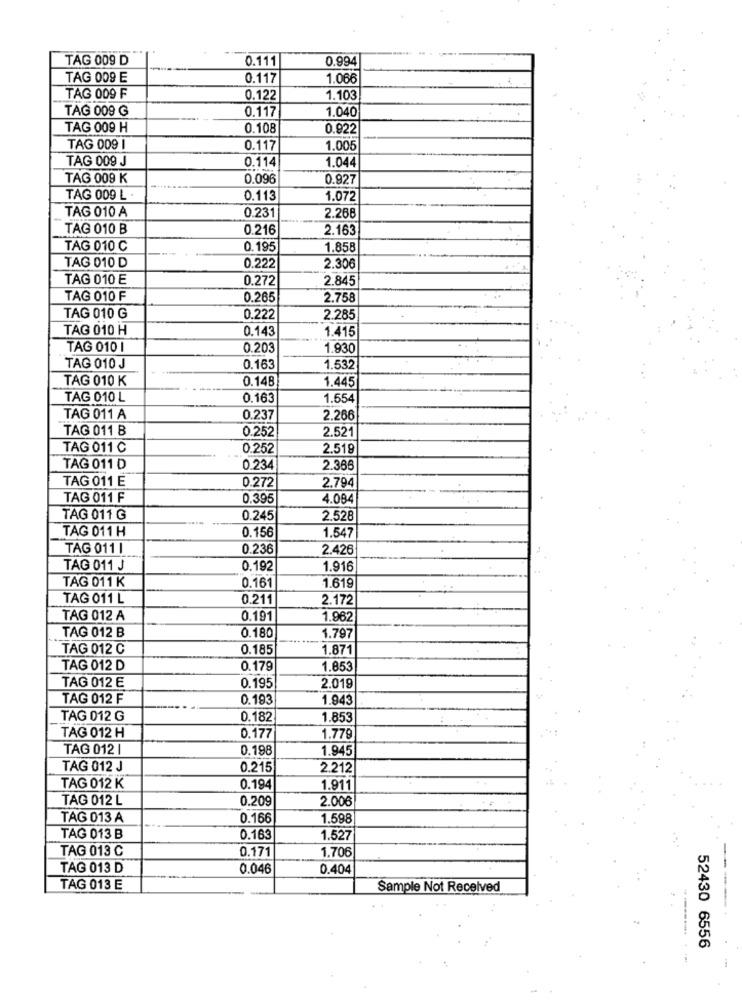
TAG 009 D
0.111
0.994
TAG 009 E
0.117
1.066
TAG 009 F
0.122
1.103
TAG 009 G
0.117
1.040
TAG 009 H
0.108
0.922
TAG 009 1
0.117
1.005
TAG 009 J
0.114
1.044
TAG 009 K
0.096
0.927
TAG 009 L .
0.113
1.072
TAG 010 A
0.231
2.268
TAG 010 B
0.216
2.163
TAG 010 C
0.195
1.858
TAG 010 D
0.222
2.306
TAG 010 E
0.272
2.845
TAG 010 F
0.265
2.758
TAG 010 G
0.222
2.285
TAG 010 H
0.143
1.415
TAG 010 1
0.203
1.930
TAG 010 J
0.163
1.532
TAG 010 K
0.148
1.445
TAG 010 L
0.163
1.554
TAG 011 A
0.237
2.266
TAG 011 B
0.252
2.521
TAG 011 C
0.252
2.519
TAG 011 D
0.234
2.366
TAG 011 E
0.272
2.794
TAG 011 F
0.395
4.084
TAG 011 G
0.245
2.528
TAG 011 H
0.156
1.547
TAG 011 |
0.236
2.426
TAG 011 J
0.192
1.916
TAG 011 K
0.161
1.619
TAG 011 L
0.211
2.172
TAG 012 A
0.191
1.962
TAG 012 B
0.180
1.797
TAG 012 C
0.185
1.871
TAG 012 D
0.179
1.853
TAG 012 E
0.195
2.019
TAG 012 F
0.193
1.943
TAG 012 G
0.182
1.853
TAG 012 H
0.177
1.779
TAG 012 |
0.198
1.945
TAG 012 J
0.215
2.212
TAG 012 K
0.194
1.911
TAG 012 L
0.209
2.006
TAG 013 A
0.166
1.598
TAG 013 B
0.163
1.527
TAG 013 C
0.171
1.706
TAG 013 D
0.046
0.404
TAG 013 E
Sample Not Received
-
52430 6556